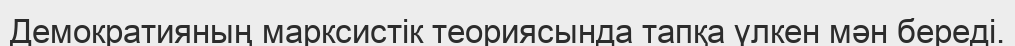
Демократияның марксистік теориясында тапқа үлкен мән береді.